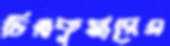
চিত্রকুমারের